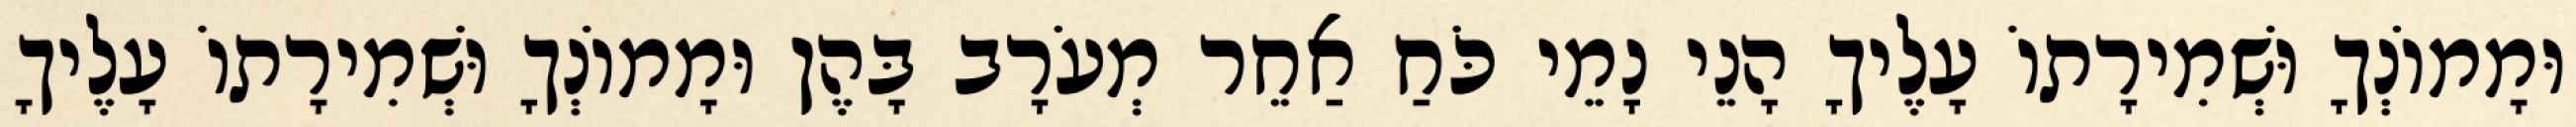
וּמָמוֹנְךָ וּשְׁמִירָתוֹ עָלֶיךָ הָנֵי נָמֵי כֹּחַ אַחֵר מְעֹרָב בָּהֶן וּמָמוֹנְךָ וּשְׁמִירָתוֹ עָלֶיךָ